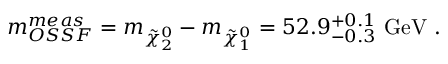
m _ { O S S F } ^ { m e a s } = m _ { \tilde { \chi } _ { 2 } ^ { 0 } } - m _ { \tilde { \chi } _ { 1 } ^ { 0 } } = 5 2 . 9 _ { - 0 . 3 } ^ { + 0 . 1 } \mathrm { \ G e V ~ . }